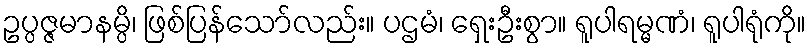
ဥပ္ပဇ္ဇမာနမ္ပိ၊ ဖြစ်ပြန်သော်လည်း။ ပဌမံ၊ ရှေးဦးစွာ။ ရူပါရမ္မဏံ၊ ရူပါရုံကို။